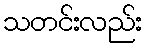
သတင်းလည်း